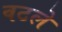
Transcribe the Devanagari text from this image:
वटले